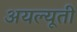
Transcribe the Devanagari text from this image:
अयल्यूती